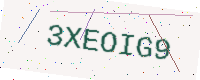
Text: 3XEOIG9